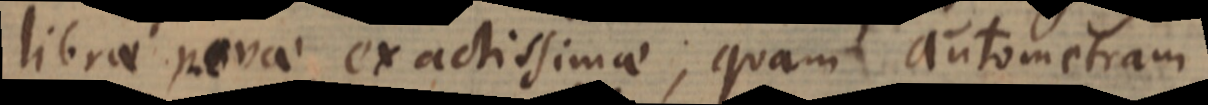
librae novae exactissimae; quam autometram